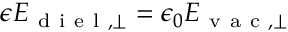
\epsilon E _ { \mathrm { ~ d ~ i ~ e ~ l ~ } , \perp } = \epsilon _ { 0 } E _ { \mathrm { ~ v ~ a ~ c ~ } , \perp }